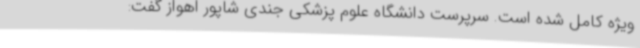
ویژه کامل شده است. سرپرست دانشگاه علوم پزشکی جندی شاپور اهواز گفت: